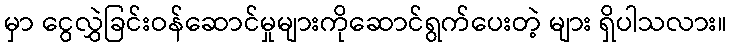
မှာ ငွေလွှဲခြင်းဝန်ဆောင်မှုများကိုဆောင်ရွက်ပေးတဲ့ များ ရှိပါသလား။